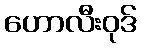
ဟောလီးဝုဒ်